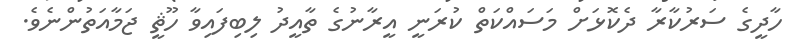
ހާދީގެ ސަރުކާރާ ދެކޮޅަށް މަސައްކަތް ކުރަނީ އީރާނުގެ ތާއީދު ލިބިފައިވާ ހޫޘީ ޖަމާއަތުންނެވެ.